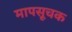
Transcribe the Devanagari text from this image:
मापसूचक